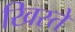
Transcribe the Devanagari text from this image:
खिस्ते